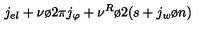
j _ { e l } + { { \nu } \o { 2 \pi } } j _ { \varphi } + { { \nu ^ { R } } \o 2 } ( s + { { j _ { w } } \o n } )